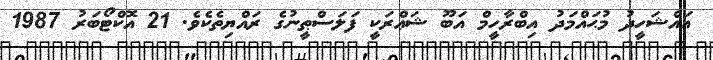
އައްޝަހީދު މުޙައްމަދު އިބްރާހީމް އަބޫ ޝަޢްރަކީ ފަލަސްޠީނުގެ ރައްޔިތެކެވެ. 21 އޮކްޓޯބަރު 1987